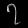
Digit: ၇